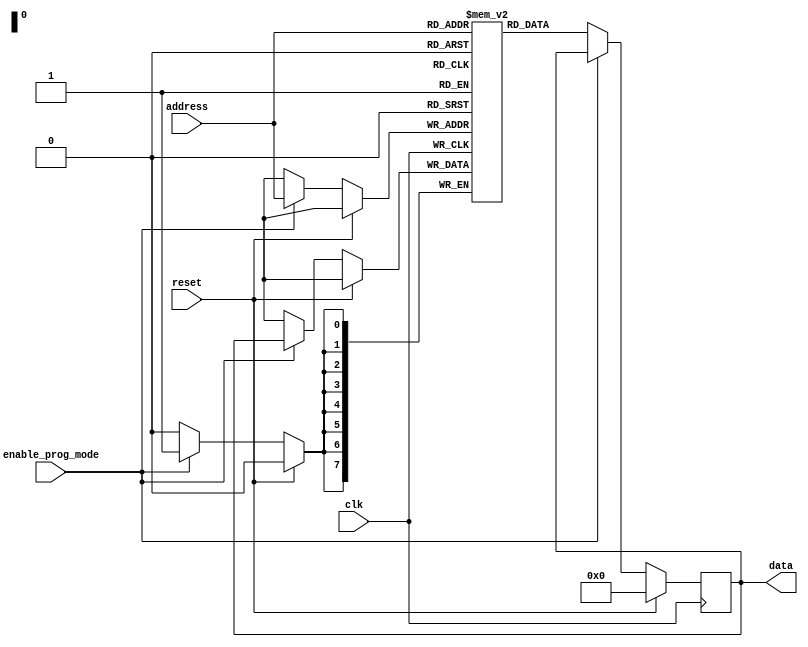
module PROM (
    input wire clk,
    input wire reset,
    input wire enable_prog_mode,
    input wire [7:0] address,
    output reg [7:0] data
);

reg [7:0] memory [0:255]; // Array of memory blocks

always @(posedge clk) begin
    if (reset) begin
        data <= 8'b0;
    end else begin
        if (enable_prog_mode) begin
            memory[address] <= data;
        end else begin
            data <= memory[address];
        end
    end
end

endmodule